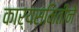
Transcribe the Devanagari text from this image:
कार्यसमितीने